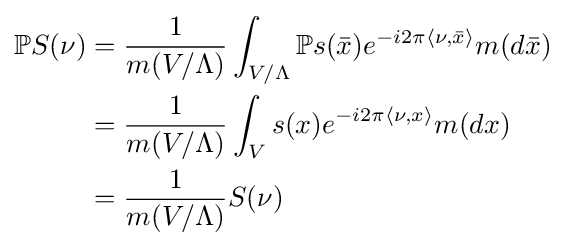
{\begin{aligned}\mathbb {P} S(\nu )&={\frac {1}{m(V/\Lambda )}}\int _{V/\Lambda }\mathbb {P} s({\bar {x}})e^{-i2\pi \langle \nu ,{\bar {x}}\rangle }m(d{\bar {x}})\\&={\frac {1}{m(V/\Lambda )}}\int _{V}s(x)e^{-i2\pi \langle \nu ,x\rangle }m(dx)\\&={\frac {1}{m(V/\Lambda )}}S(\nu )\end{aligned}}